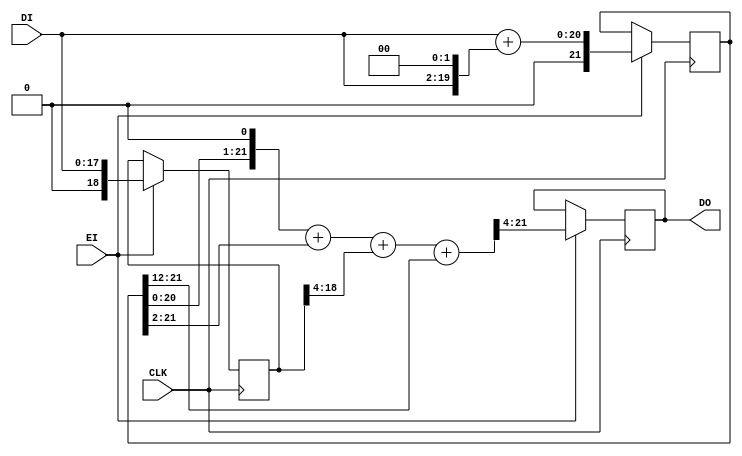
module MPU707 (CLK,
DO,
DI,
EI);
parameter nb=16;
	input CLK ;
	wire CLK;
	input [nb+1:0] DI ;
	wire [nb+1:0] DI;
	input EI ;
	wire EI;
	output [nb+1:0] DO ;
	reg [nb+1:0] DO;
	reg [nb+5 :0] dx5;
	reg	[nb+2 : 0] dt;
	wire [nb+6 : 0]  dx5p;
	wire   [nb+6 : 0] dot;
	always @(posedge CLK)
		begin
			if (EI) begin
					dx5<=DI+(DI <<2);	 
					dt<=DI;
					DO<=dot >>4;
				end
		end
	assign   dot=	(dx5p+(dt>>4)+(dx5>>12));	   
		assign	dx5p=(dx5<<1)+(dx5>>2);		
endmodule